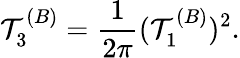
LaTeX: \mathcal{T}_{3}^{(B)}={\frac{{1}}{{2\pi}}}(\mathcal{T}_{1}^{(B)})^{2}.